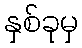
နှစ်ခုမှ